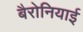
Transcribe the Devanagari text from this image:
बैरोनियाई